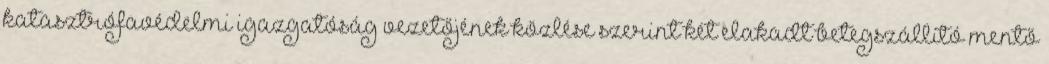
katasztrófavédelmi igazgatóság vezetőjének közlése szerint két elakadt betegszállító mentő